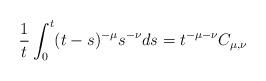
LaTeX: \begin{align*}\frac{1}{t} \int_0^t(t-s)^{-\mu} s^{-\nu} ds &= t^{-\mu -\nu } C_{\mu, \nu}\ \end{align*}